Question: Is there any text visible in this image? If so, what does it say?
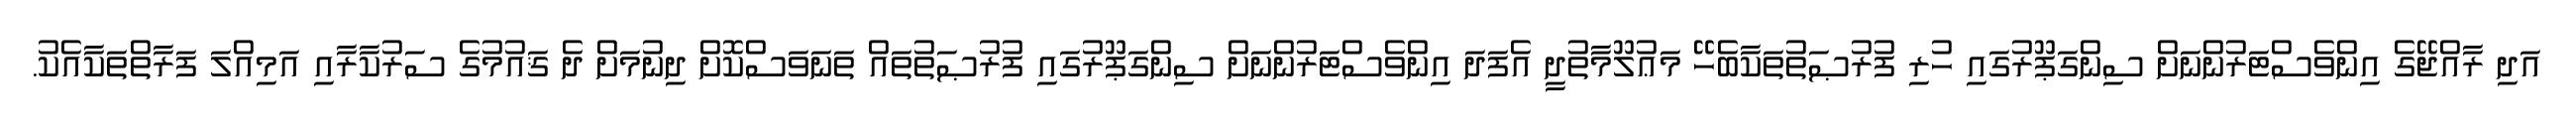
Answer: އަދި ރާއްޖޭގެ އިންވެސްޓަރުންނަށް ސިންގަޕޫރުގައި ހުރި ފުރުޞަތުތަކާބެހޭ މަޢުލޫމާތުދީ އެފަދަ އިންވެސްޓަރުންނަށް ސިންގަޕޫރުގައި ފުރުޞަތުތައް ތަނަވަސްކޮށް ދިނުމަށް ދެ ޤައުމުގެ ސަރުކާރާއި އަމިއްލަ ފަރާތްތަކާއެކު.